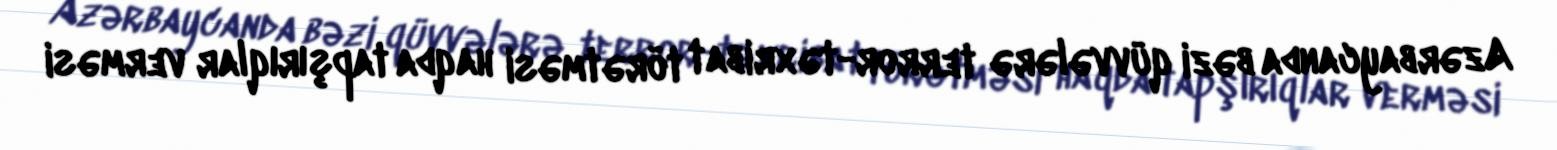
Azərbaycanda bəzi qüvvələrə terror-təxribat törətməsi haqda tapşırıqlar verməsi